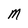
Character: M